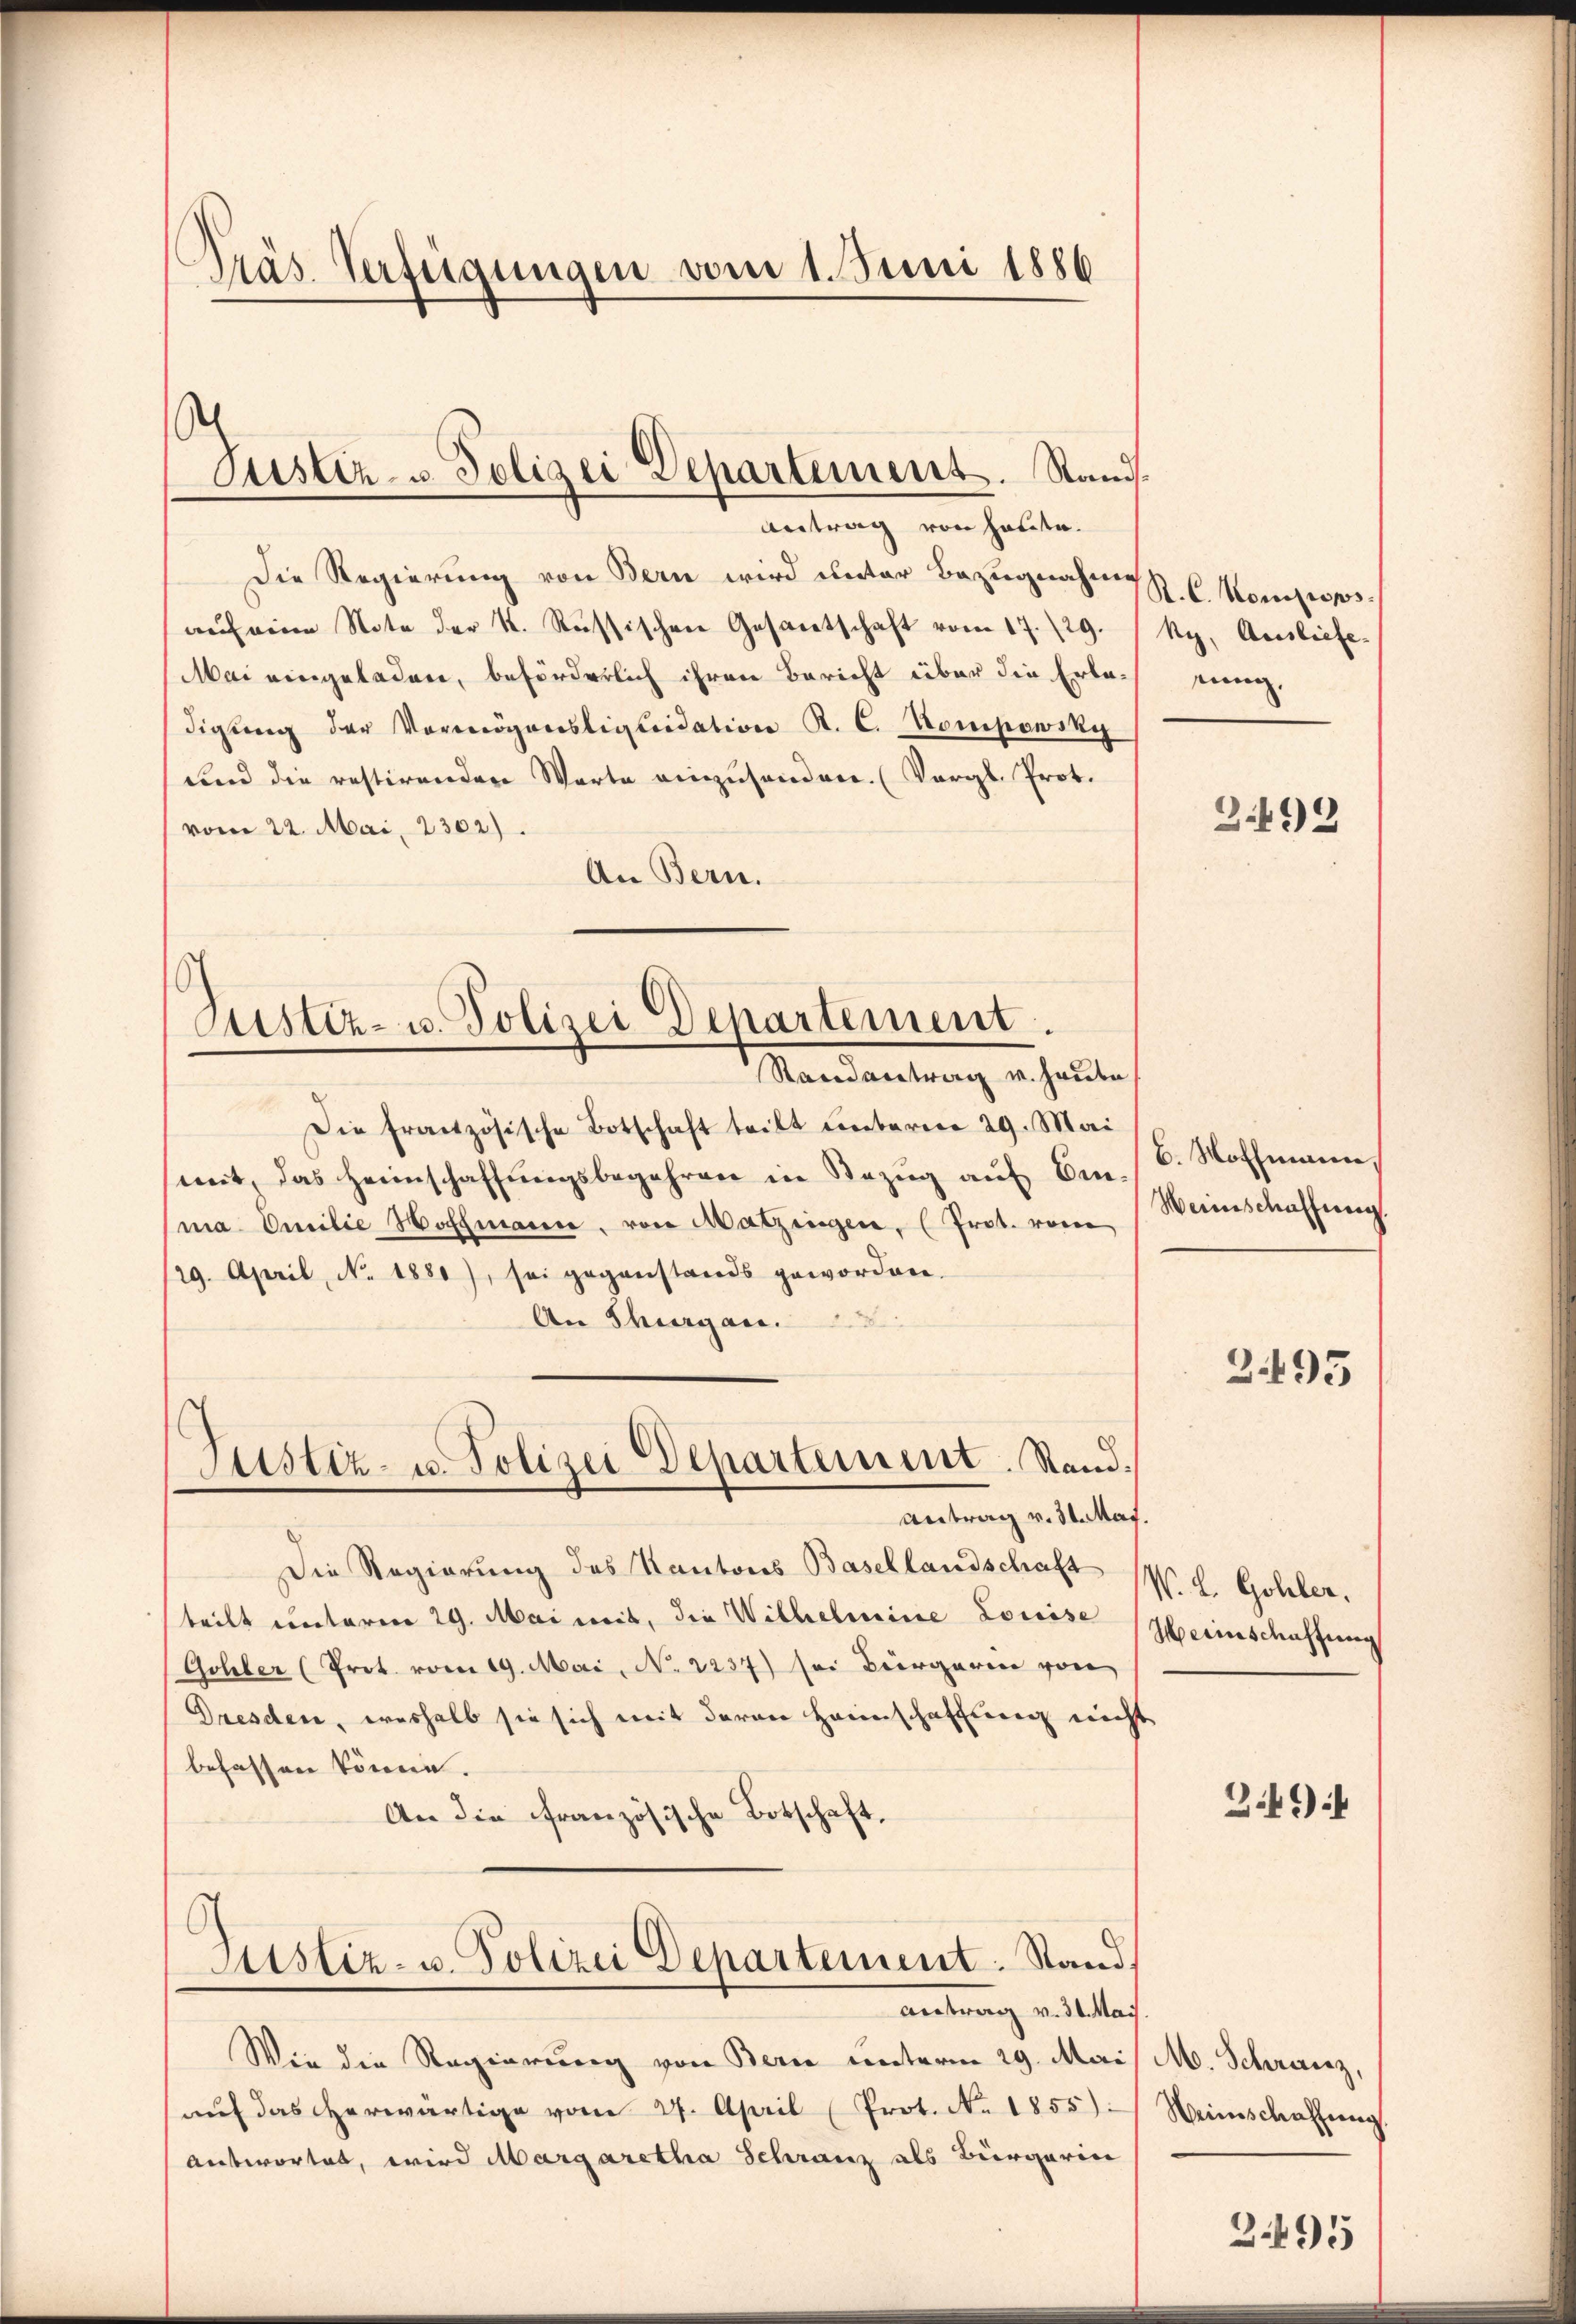
Präs. Verfügungen vom 1. Juni 1886

Die Regierung von Bern wird unter Bezugnahme 6 Monopsauf eine Note der K. Russischen Gesantschaft vom 17./29. /Ry. Ausliefe¬
Mai eingeladen, beförderlich ihren Bericht über die Erladigung der Vermögensliquidation R. C. Kompowsky
und die restirenden Warte einzusenden. (Vergl. Prot.
vom 22. Mai, 2302).
An Bern.

h
Justiz- & Polizei Departement. Rand.
Antrag von heute.

6
Justiz- u. Polizei Departement.
Randantrag v. Haube

Justiz- u. Polizei Departement. Sand¬
Antrag v. 31. Mai.

Die französische Botschaft teilt ŭnterner 29. Mai
mit, das Heimschaffungsbegehren in Bezug auf Einma Omilie Hoffmanne, von Matzingen, (Prot. vom
/29. April, No. 1881), sei gegenstands geworden.
An Shagan.
Die Regierung des Kantons Basellandschaft
teilt unterm 29. Mai mit, die Wilhelmine Louise
Gohler (Prot. vom 19. Mai, No. 2237) sei Bürgerin von
Dresden, weshalb sie sich mit daran Haunschaffung nicht
befassen könne.
An die französische Botschaft.
Justiz- u. Polizei Departement. Stand,

Antrag v. 31. Mais.

Wie die Regierung von Bern unterm 29. Mai
aŭf das herwärtige vom 27. April (Prot. No. 1855).
Antwortet, wird Margaretha Schranz als Bürgerin

rung,

3.492

6. Hoffmann,
Weinschaffung

2495

W. L. Gohler,
Herinschaffung

349 f

M. Schranz,
Weinschaffung

3.495